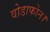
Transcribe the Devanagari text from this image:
वोडाफोन।